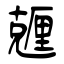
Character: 兣